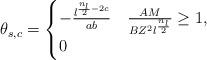
LaTeX: \begin{align*}\theta_{s,c}=\begin{cases}-\frac{l^{\frac{n_l}{2}-2c}}{ab} & \frac{AM}{BZ^2l^{\frac{n_l}{2}}}\geq 1,\\0 &\end{cases} \end{align*}